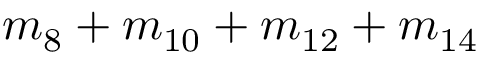
m _ { 8 } + m _ { 1 0 } + m _ { 1 2 } + m _ { 1 4 }